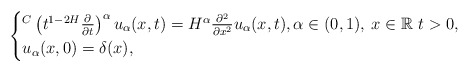
\begin{align*}\begin{cases}{}^C\left(t^{1-2H}\frac{\partial}{\partial t}\right)^{\alpha} u_{\alpha}(x,t)= H^{\alpha}\frac{\partial^2}{\partial x^2}u_{\alpha}(x,t),\alpha \in (0,1), \: x\in \mathbb{R} \ t > 0,\\u_{\alpha}(x,0)=\delta(x),\end{cases}\end{align*}